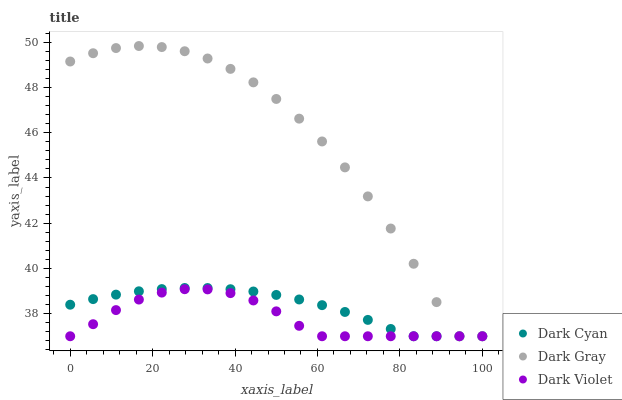
| xaxis_label | Dark Cyan | Dark Gray | Dark Violet |
 | --- | --- | --- | --- |
 | 0 | 38.4 | 49.2 | 37 |
 | 5.56 | 38.6 | 49.5 | 37.5 |
 | 11.1 | 38.8 | 49.7 | 38.2 |
 | 16.7 | 39 | 49.8 | 38.6 |
 | 22.2 | 39.1 | 49.8 | 38.9 |
 | 27.8 | 39.1 | 49.6 | 39.1 |
 | 33.3 | 39.1 | 49.3 | 39.1 |
 | 38.9 | 39.1 | 48.8 | 38.9 |
 | 44.4 | 39 | 48.2 | 38.6 |
 | 50 | 38.8 | 47.5 | 38.1 |
 | 55.6 | 38.6 | 46.6 | 37.5 |
 | 61.1 | 38.4 | 45.6 | 37 |
 | 66.7 | 38.1 | 44.5 | 37 |
 | 72.2 | 37.7 | 43.2 | 37 |
 | 77.8 | 37.3 | 41.8 | 37 |
 | 83.3 | 37 | 40.2 | 37 |
 | 88.9 | 37 | 38.5 | 37 |
 | 94.4 | 37 | 37 | 37 |
 | 100 | 37 | 37 | 37 |